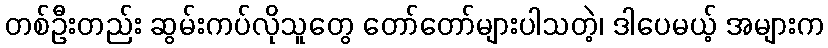
တစ်ဦးတည်း ဆွမ်းကပ်လိုသူတွေ တော်တော်များပါသတဲ့၊ ဒါပေမယ့် အများက